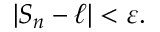
\left| S _ { n } - \ell \right\vert < \varepsilon .